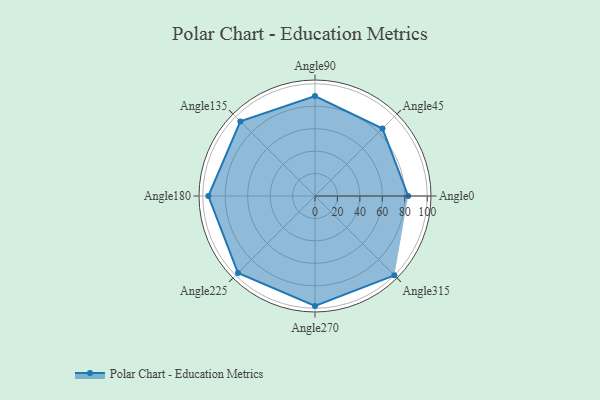
{"axis": {"x": "Angle", "y": "Radius"}, "legend": [""], "data": [{"x": "Angle0", "y": 83.0, "type": ""}, {"x": "Angle45", "y": 85.0, "type": ""}, {"x": "Angle90", "y": 89.0, "type": ""}, {"x": "Angle135", "y": 94.0, "type": ""}, {"x": "Angle180", "y": 95.0, "type": ""}, {"x": "Angle225", "y": 97.0, "type": ""}, {"x": "Angle270", "y": 98.0, "type": ""}, {"x": "Angle315", "y": 100.0, "type": ""}]}